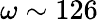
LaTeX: \omega\sim 126